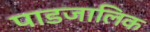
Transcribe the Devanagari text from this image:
पाडजालिक